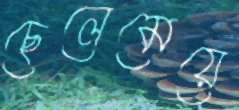
ছেলেমেয়ে